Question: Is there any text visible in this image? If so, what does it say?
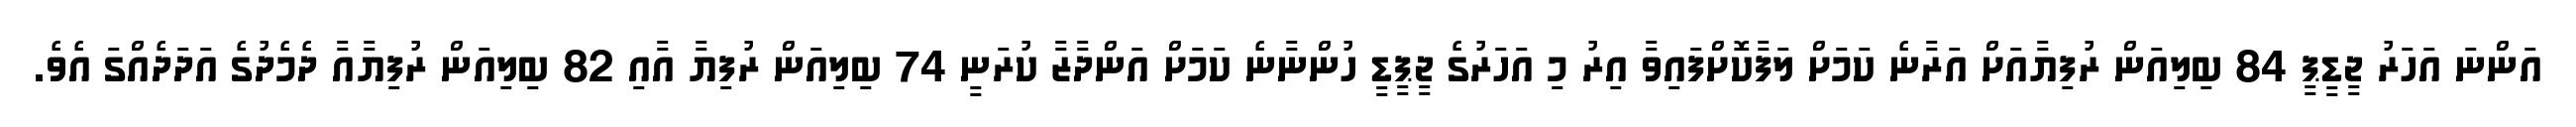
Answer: އަންނަ އަހަރު ޖީޑީޕީ 84 ބިލިއަން ރުފިޔާއަށް އަރާނެ ކަމަށް ލަފާކޮށްފައިވާ އިރު މި އަހަރުގެ ޖީޕީޑީ ހުންނާނެ ކަމަށް އަންދާޒާ ކުރަނީ 74 ބިލިއަން ރުފިޔާ އާއި 82 ބިލިއަން ރުފިޔާއާ ދެމެދުގެ އަދަދެއްގަ އެވެ.